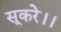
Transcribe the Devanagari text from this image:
सूकरे।।